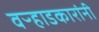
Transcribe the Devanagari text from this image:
वऱ्हाडकारांनी